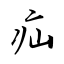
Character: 疝